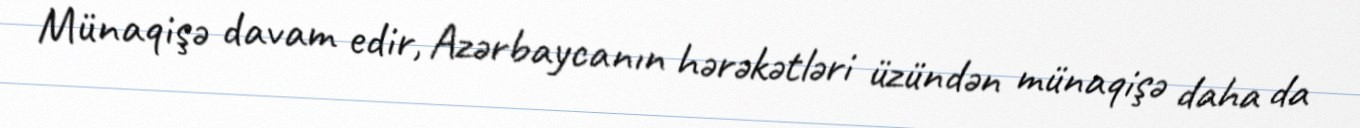
Münaqişə davam edir, Azərbaycanın hərəkətləri üzündən münaqişə daha da